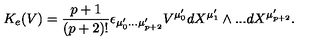
K _ { e } ( V ) = \frac { p + 1 } { ( p + 2 ) ! } \epsilon _ { \mu _ { 0 } ^ { \prime } . . . \mu _ { p + 2 } ^ { \prime } } V ^ { \mu _ { 0 } ^ { \prime } } d X ^ { \mu _ { 1 } ^ { \prime } } \wedge . . . d X ^ { \mu _ { p + 2 } ^ { \prime } } .